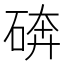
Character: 𰧆